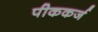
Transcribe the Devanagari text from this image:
पीककर्ज